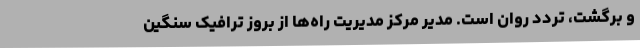
و برگشت، تردد روان است. مدیر مرکز مدیریت راه‌ها از بروز ترافیک سنگین